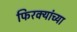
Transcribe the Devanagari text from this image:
फिरक्यांच्या